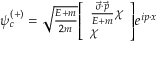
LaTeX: \psi _ { c } ^ { ( + ) } = \textstyle { \sqrt { \frac { E + m } { 2 m } } } { \left[ \begin{array} { l } { { \frac { { \vec { \sigma } } \cdot { \vec { p } } } { E + m } } \chi } \\ { \chi } \end{array} \right] } e ^ { i p \cdot x }